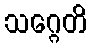
သဂ္ဂေတိ